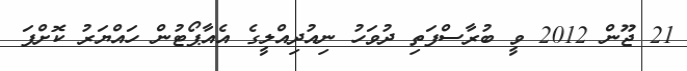
21 ޖޫން 2012 ވީ ބުރާސްފަތި ދުވަހު ނިއުދިއްލީގެ އެއާޕޯޓުން ހައްޔަރު ކޮށްފަ